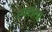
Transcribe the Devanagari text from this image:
एक्सेला